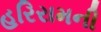
હરિરામની